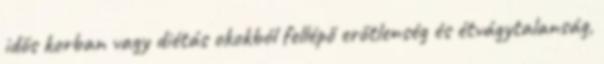
idős korban vagy diétás okokból fellépő erőtlenség és étvágytalanság,